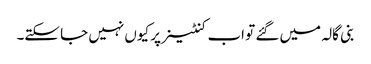
بنی گالہ میں گئے تو اب کنٹینر پر کیوں نہیں جا سکتے۔